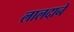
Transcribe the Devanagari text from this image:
लालदाने